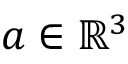
a \in \mathbb { R } ^ { 3 }